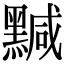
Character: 黬